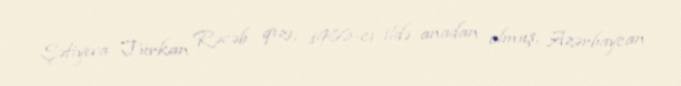
Şəfiyeva Türkan Rəcəb qızı, 1986-cı ildə anadan olmuş, Azərbaycan